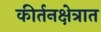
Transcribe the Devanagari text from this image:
कीर्तनक्षेत्रात